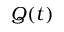
Q ( t )